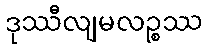
ဒုဿီလျမလဉ္စဿ